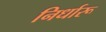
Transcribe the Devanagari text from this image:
निर्धारू